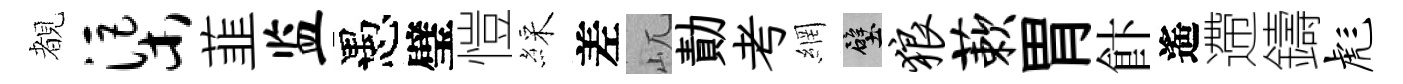
覩渠韮监愚璧愷綵差屼勣考網壁狼蔌胃飰遙遰鑄彪